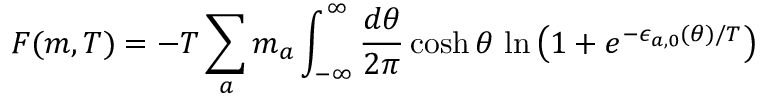
F ( m , T ) = - T \sum _ { a } m _ { a } \int _ { - \infty } ^ { \infty } \frac { d \theta } { 2 \pi } \cosh \theta \, \ln \left( 1 + e ^ { - \epsilon _ { a , 0 } ( \theta ) / T } \right)